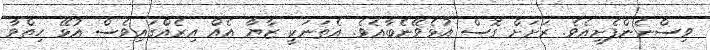
ވިސްނެންފެށިއެވެ. ރަށަށް ގޮސް އުޅެވޭނެބާއެވެ. އެތަނަކީ ޒާޔާ އެއް އިރެއްގައިވެސް އުޅޭ ހިތްވާ